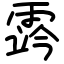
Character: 霠